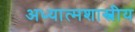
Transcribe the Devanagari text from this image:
अध्यात्मशास्त्रीय